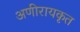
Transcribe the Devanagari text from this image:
अणीरायकृत